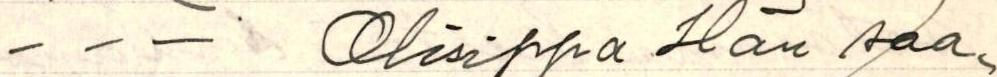
- - -  Olisippa Hän saa-